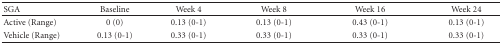
<table><thead><tr><td><b>SGA</b></td><td><b>Baseline</b></td><td><b>Week 4</b></td><td><b>Week 8</b></td><td><b>Week 16</b></td><td><b>Week 24</b></td></tr></thead><tbody><tr><td>Active (Range)</td><td>0 (0)</td><td>0.13 (0-1)</td><td>0.13 (0-1)</td><td>0.43 (0-1)</td><td>0.13 (0-1)</td></tr><tr><td>Vehicle (Range)</td><td>0.13 (0-1)</td><td>0.33 (0-1)</td><td>0.33 (0-1)</td><td>0.33 (0-1)</td><td>0.33 (0-1)</td></tr></tbody></table>